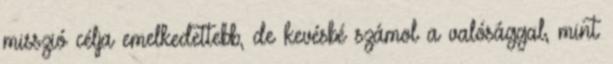
misszió célja emelkedettebb, de kevésbé számol a valósággal, mint